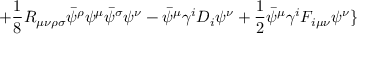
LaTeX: + \frac { 1 } { 8 } R _ { \mu \nu \rho \sigma } \bar { \psi } ^ { \rho } \psi ^ { \mu } \bar { \psi } ^ { \sigma } \psi ^ { \nu } - \bar { \psi } ^ { \mu } \gamma ^ { i } D _ { i } \psi ^ { \nu } + \frac { 1 } { 2 } \bar { \psi } ^ { \mu } \gamma ^ { i } F _ { i \mu \nu } \psi ^ { \nu } \}